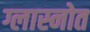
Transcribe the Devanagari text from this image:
ग्लास्नोत